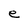
Character: e